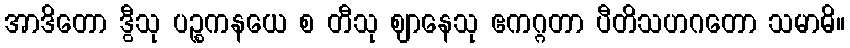
အာဒိတော ဒွီသု ပဉ္စကနယေ စ တီသု ဈာနေသု ဧကဂ္ဂတာ ပီတိသဟဂတော သမာဓိ။